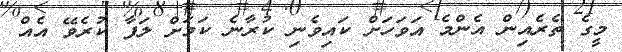
މީގެ ތެރެއިން އެންމެ އަވަހަށް ކައިވެނި ކުރާނެ ކަމަށް ލަފާ ކުރެވޭ އެއް